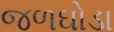
જળઘોડા